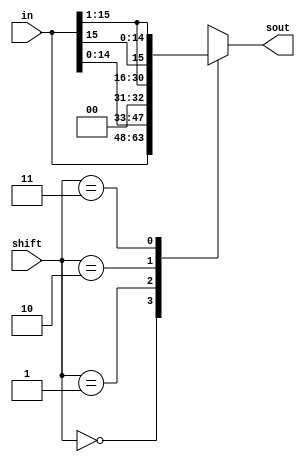
module shifter(in,shift,sout);
  input [15:0] in;
  input [1:0] shift;
  output [15:0] sout;

  reg[15:0] sout;

  // Shifter instructions with according 2bit inputs. 
  always@(*) begin
    casex(shift)
	2'b00: sout = in;
	2'b01: sout = {in[14:0], 1'b0}; // LSB = 0
	2'b10: sout = {1'b0, in[15:1]}; // MSB = 0
	2'b11: sout = {in[15], in[15:1]}; //  MSB = in[15]
    endcase
  end
endmodule